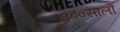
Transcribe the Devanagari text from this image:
३००सालों